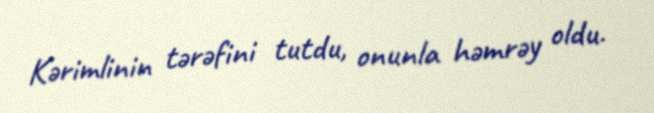
Kərimlinin tərəfini tutdu, onunla həmrəy oldu.